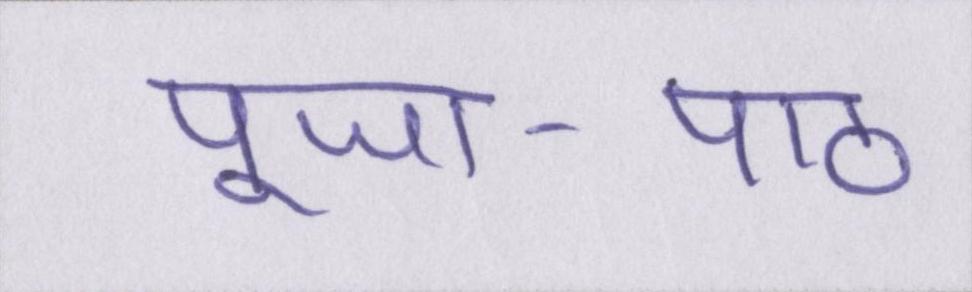
पूजा-पाठ